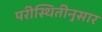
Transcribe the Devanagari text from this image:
परीस्थितीनुसार